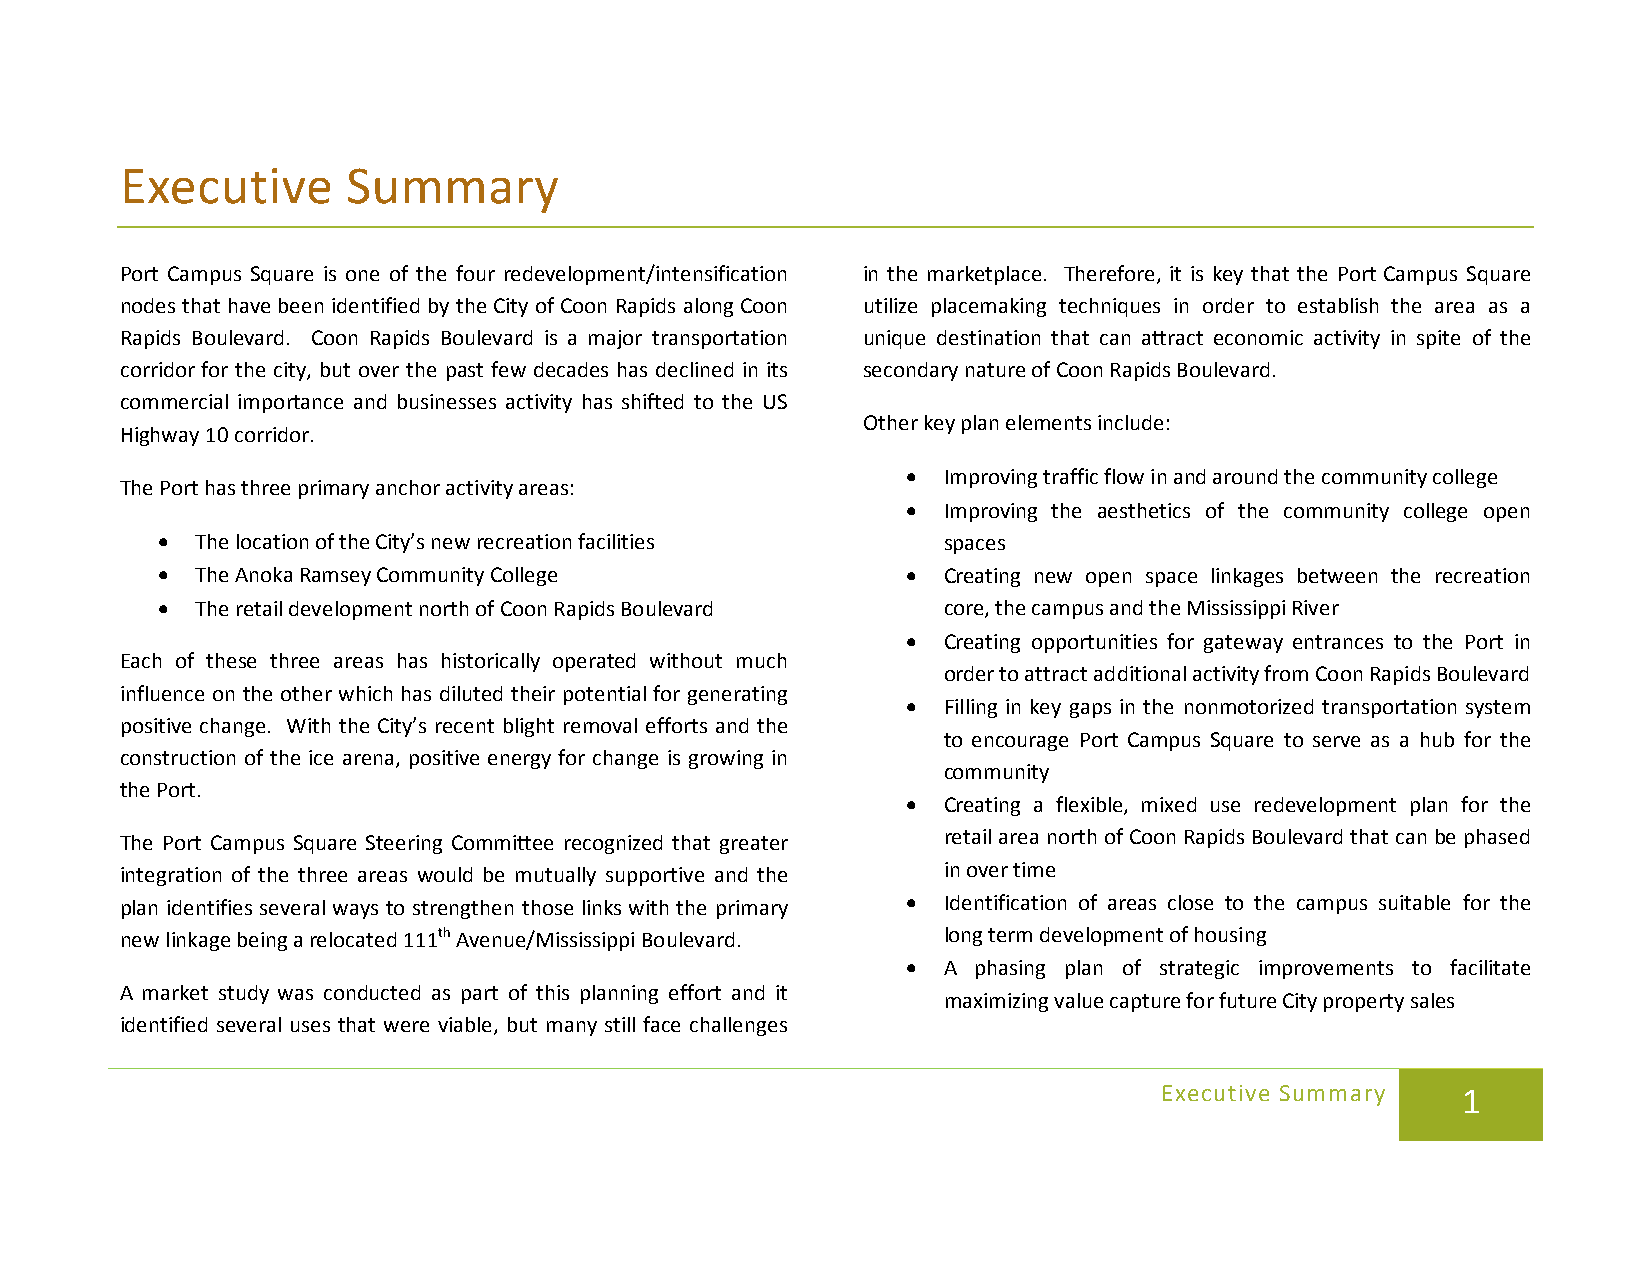
Executive      Summary
 Port Campus Square is one of the four redevelopment/intensification in the marketplace. Therefore, it is key that the Port Campus Square
 nodes that have been identified by the City of Coon Rapids along Coon utilize placemaking techniques in order to establish the area as a
 Rapids Boulevard. Coon Rapids Boulevard is a major transportation unique destination that can attract economic activity in spite of the
 corridor for the city, but over the past few decades has declined in its secondary nature of Coon Rapids Boulevard.
 commercial importance and businesses activity has shifted to the US
 Other key plan elements include:
 Highway 10 corridor.
 • Improving traffic flow in and around the community college
 The Port has three primary anchor activity areas:
 • Improving the aesthetics of the community college open
 •  The location of the City’s new recreation facilities spaces
 •  The Anoka Ramsey Community College             • Creating new open space linkages between the recreation
 •  The retail development north of Coon Rapids Boulevard core, the campus and the Mississippi River
 • Creating opportunities for gateway entrances to the Port in
 Each of these three areas has historically operated without much
 order to attract additional activity from Coon Rapids Boulevard
 influence on the other which has diluted their potential for generating
 • Filling in key gaps in the nonmotorized transportation system
 positive change. With the City’s recent blight removal efforts and the
 to encourage Port Campus Square to serve as a hub for the
 construction of the ice arena, positive energy for change is growing in
 community
 the Port.
 • Creating a flexible, mixed use redevelopment plan for the
 The Port Campus Square Steering Committee recognized that greater retail area north of Coon Rapids Boulevard that can be phased
 integration of the three areas would be mutually supportive and the in over time
 plan identifies several ways to strengthen those links with the primary • Identification of areas close to the campus suitable for the
 new linkage being a relocated 111th Avenue/Mississippi Boulevard. long term development of housing
 • A phasing plan of strategic improvements to facilitate
 A market study was conducted as part of this planning effort and it
 maximizing value capture for future City property sales
 identified several uses that were viable, but many still face challenges
 Executive Summary   1